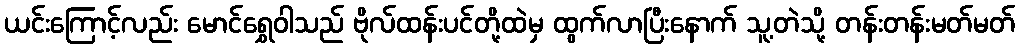
ယင်းကြောင့်လည်း မောင်ရွှေဝါသည် ဗိုလ်ထန်းပင်တို့ထဲမှ ထွက်လာပြီးနောက် သူ့တဲသို့ တန်းတန်းမတ်မတ်